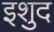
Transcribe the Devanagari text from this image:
इशुद